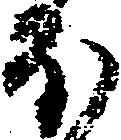
ほ